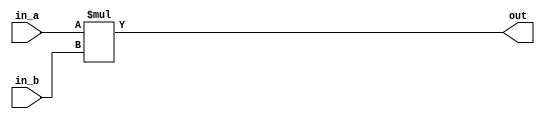
module signed_multiplier (
    input signed [31:0] in_a,
    input signed [31:0] in_b,
    output reg signed [63:0] out
);

reg signed [63:0] product;

always @(*) begin
    product = in_a * in_b;
end

assign out = product;

endmodule